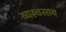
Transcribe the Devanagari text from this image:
व्यस्वसाय